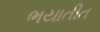
ભયાતીત